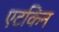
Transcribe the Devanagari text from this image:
एटकिन